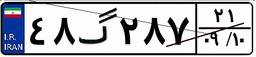
۶۴گ۵۱۹۸۲